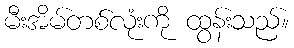
မီးအိမ်တစ်လုံးကို ထွန်းသည်။